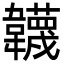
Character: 韤